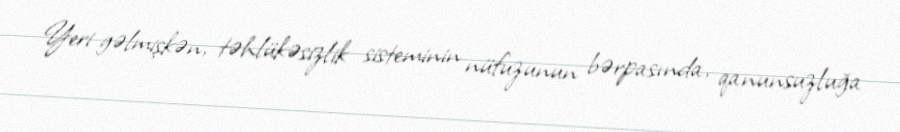
Yeri gəlmişkən, təhlükəsizlik sisteminin nüfuzunun bərpasında, qanunsuzluğa